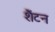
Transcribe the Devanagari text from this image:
शैंटन